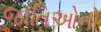
જાતિઓનો